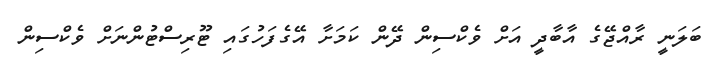
ބަލަނީ ރާއްޖޭގެ އާބާދީ އަށް ވެކްސިން ދޭން ކަމަށާ އޭގެފަހުގައި ޓޫރިސްޓުންނަށް ވެކްސިން